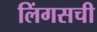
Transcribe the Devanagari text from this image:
लिंगसची